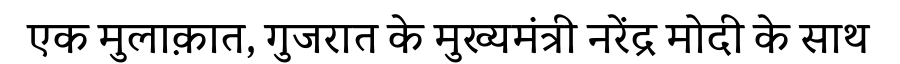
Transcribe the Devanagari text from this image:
एक मुलाक़ात, गुजरात के मुख्यमंत्री नरेंद्र मोदी के साथ